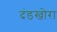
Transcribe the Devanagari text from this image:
दंडखोरा